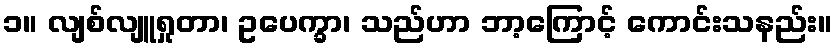
၁။ လျစ်လျူရှုတာ၊ ဥပေက္ခာ၊ သည်ဟာ ဘာ့ကြောင့် ကောင်းသနည်း။